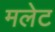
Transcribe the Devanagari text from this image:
मलेट